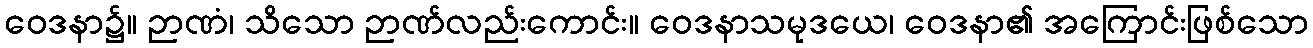
ဝေဒနာ၌။ ဉာဏံ၊ သိသော ဉာဏ်လည်းကောင်း။ ဝေဒနာသမုဒယေ၊ ဝေဒနာ၏ အကြောင်းဖြစ်သော